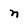
Character: n